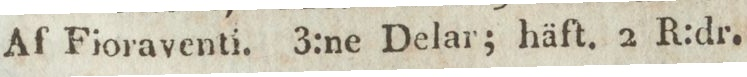
Af Fioraventi. 3:ne Delar; häft. 2 R:dr.